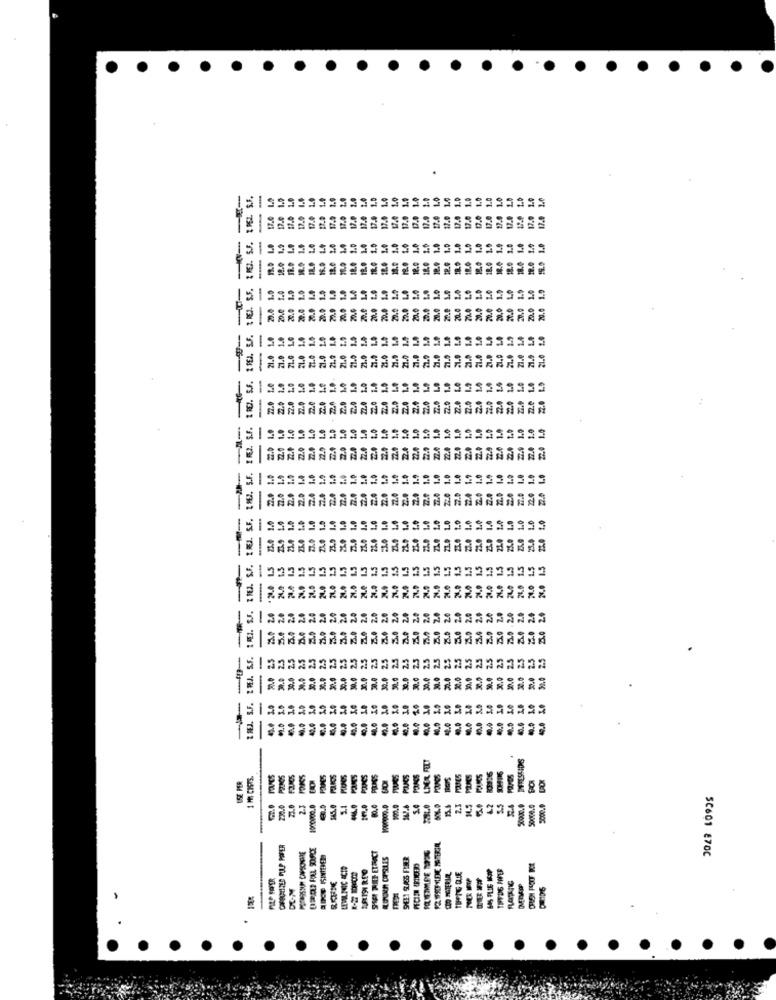
.
----
Z PEL S.F.
-
1.0
1.0
1.9
1.0
2.0
1.0
1.0
1.0
1.0
1.0
1.0
2.0
1.0
1.0
1.9
1.0
1.0
17.0 1.0
1.0
D.C
17.0
17.0
TREJ. S.F. 1 REI. S.J.
----
1,9
1.4
1.0
1.0
1.0
1.0
1.0
1.0
1.0
1.0
1.0
1.
18.0
18.6
18.0
15.0
18.0
1.0
Le
1.9
LO
1.0
1.0
1.9
1.0
10
1.0
1.0
1.0
1.0
1.9
27.0
-4-
-
21.0
-
IREI. S.F.
22.0
REI. S.F.
--
40.4
60.0
42.0
40.0
SE PER
1 MI CISTS.
PUES
POIRES
2.3
IL.5
42
25
230.0
2.3
1000000.0
15.0
107.0
100.0
5.4
24
CHARMILLES PULP PAPER
LEVULINIC ACID
DL-M